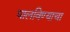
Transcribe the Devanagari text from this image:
घालविण्याचा